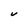
Character: V